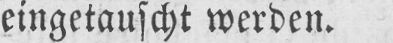
eingetauscht werden.